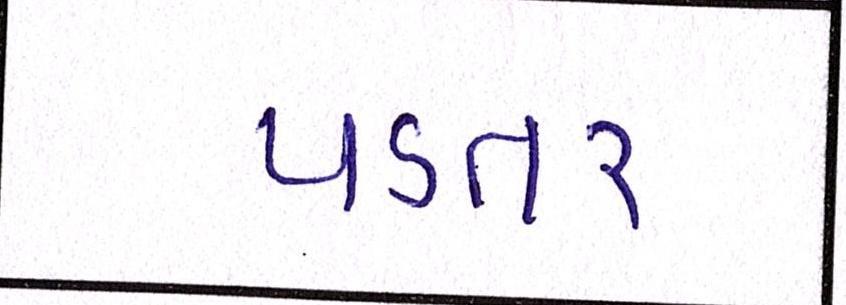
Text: પડતર